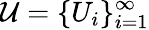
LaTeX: {\mathcal{U}}=\{ U_{i}\} _{i=1}^{\infty}